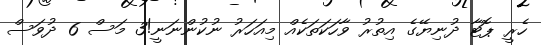
ހެރީ ޕޮޓާ ދުނިޔޭގެ އިތުރު ވާހަކަތަކެއް މިއަހަރު ނުކުންނަނީ!3 މަސް 6 ދުވަސް